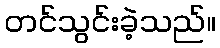
တင်သွင်းခဲ့သည်။